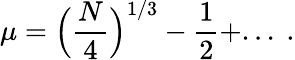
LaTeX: \mu=\Bigl(\frac{N}{4}\Bigr)^{1/3}-\frac{1}{2}+...~.